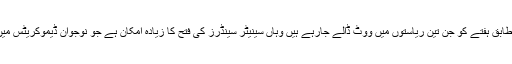
تجزیہ کاروں کے مطابق ہفتے کو جن تین ریاستوں میں ووٹ ڈالے جارہے ہیں وہاں سینیٹر سینڈرز کی فتح کا زیادہ امکان ہے جو نوجوان ڈیموکریٹس میں خاصے مقبول ہیں۔